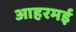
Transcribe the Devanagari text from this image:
आहरमई